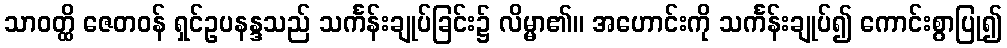
သာဝတ္ထိ ဇေတဝန် ရှင်ဥပနန္ဒသည် သင်္ကန်းချုပ်ခြင်း၌ လိမ္မာ၏။ အဟောင်းကို သင်္ကန်းချုပ်၍ ကောင်းစွာပြု၍